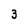
Character: 3